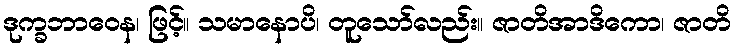
ဒုက္ခဘာဝေန၊ ဖြင့်။ သမာနောပိ၊ တူသော်လည်း။ ဇာတိအာဒိကော၊ ဇာတိ